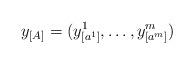
LaTeX: \begin{align*}y_{[A]}=(y_{[a^{1}]}^{1},\ldots,y_{[a^{m}]}^{m})\end{align*}